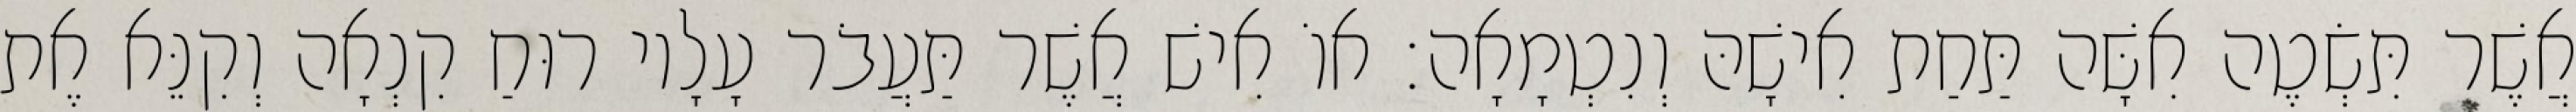
אֲשֶׁר תִּשְׂטֶה אִשָּׁה תַּחַת אִישָׁהּ וְנִטְמָאָה׃ אוֹ אִישׁ אֲשֶׁר תַּעֲבֹר עָלָיו רוּחַ קִנְאָה וְקִנֵּא אֶת